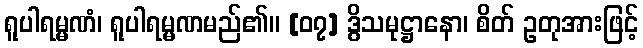
ရူပါရမ္မဏံ၊ ရူပါရမ္မဏမည်၏။ [၀၇] ဒွိသမုဋ္ဌာနော၊ စိတ် ဥတုအားဖြင့်